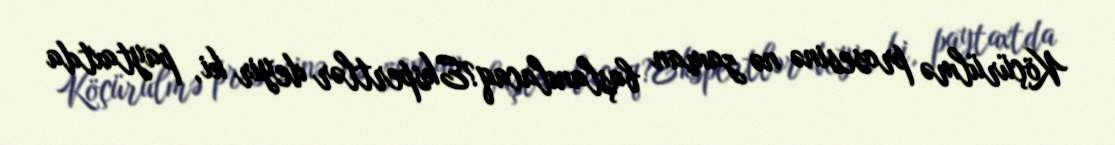
Köçürülmə prosesinə nə zaman başlanılacaq?Ekspertlər deyir ki, paytaxtda